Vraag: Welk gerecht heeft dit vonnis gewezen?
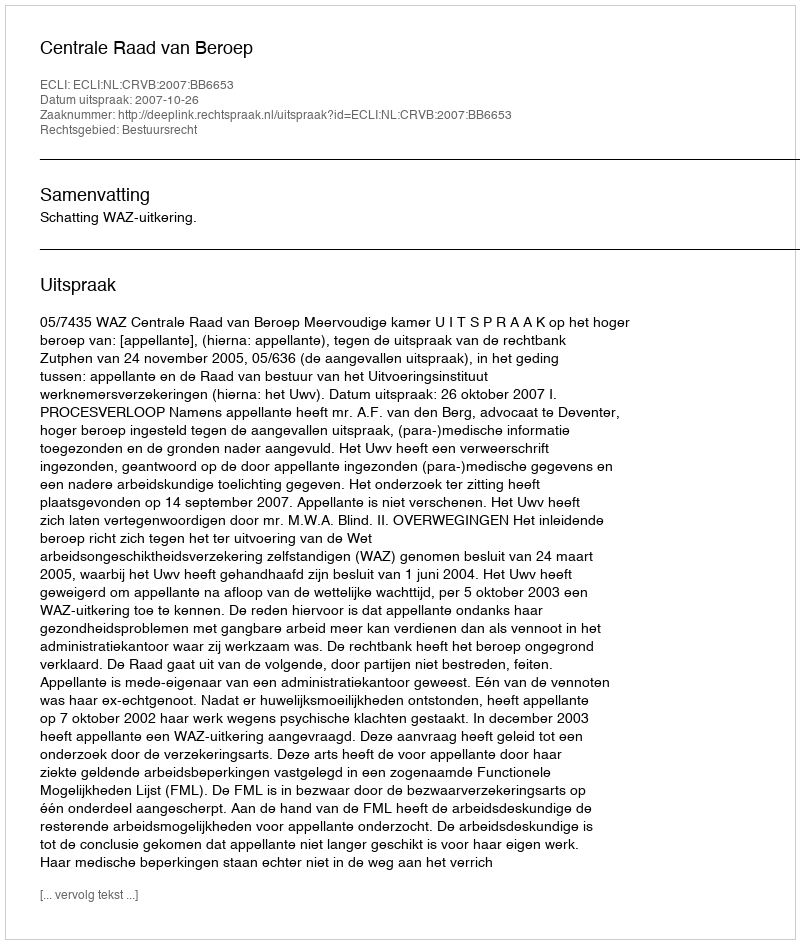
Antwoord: Centrale Raad van Beroep